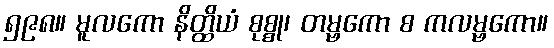
၅၉၈။ မူလကော နိတ္ထိယံ စုစ္စု၊ တမ္ဗကော စ ကလမ္ဗကော။